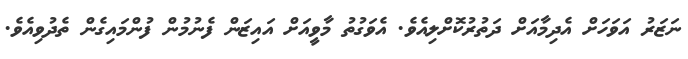
ނަޒަރު އަވަހަށް އެދިމާއަށް ދަތުރުކޮށްލިއެވެ. އެވަގުތު މާވީއަށް އައިޒަން ފެނުމުން ފުންމައިގެން ތެދުވިއެވެ.